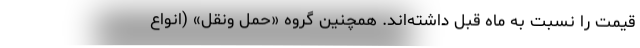
قیمت را نسبت به ماه قبل داشته‌اند. همچنین گروه «حمل ونقل» (انواع